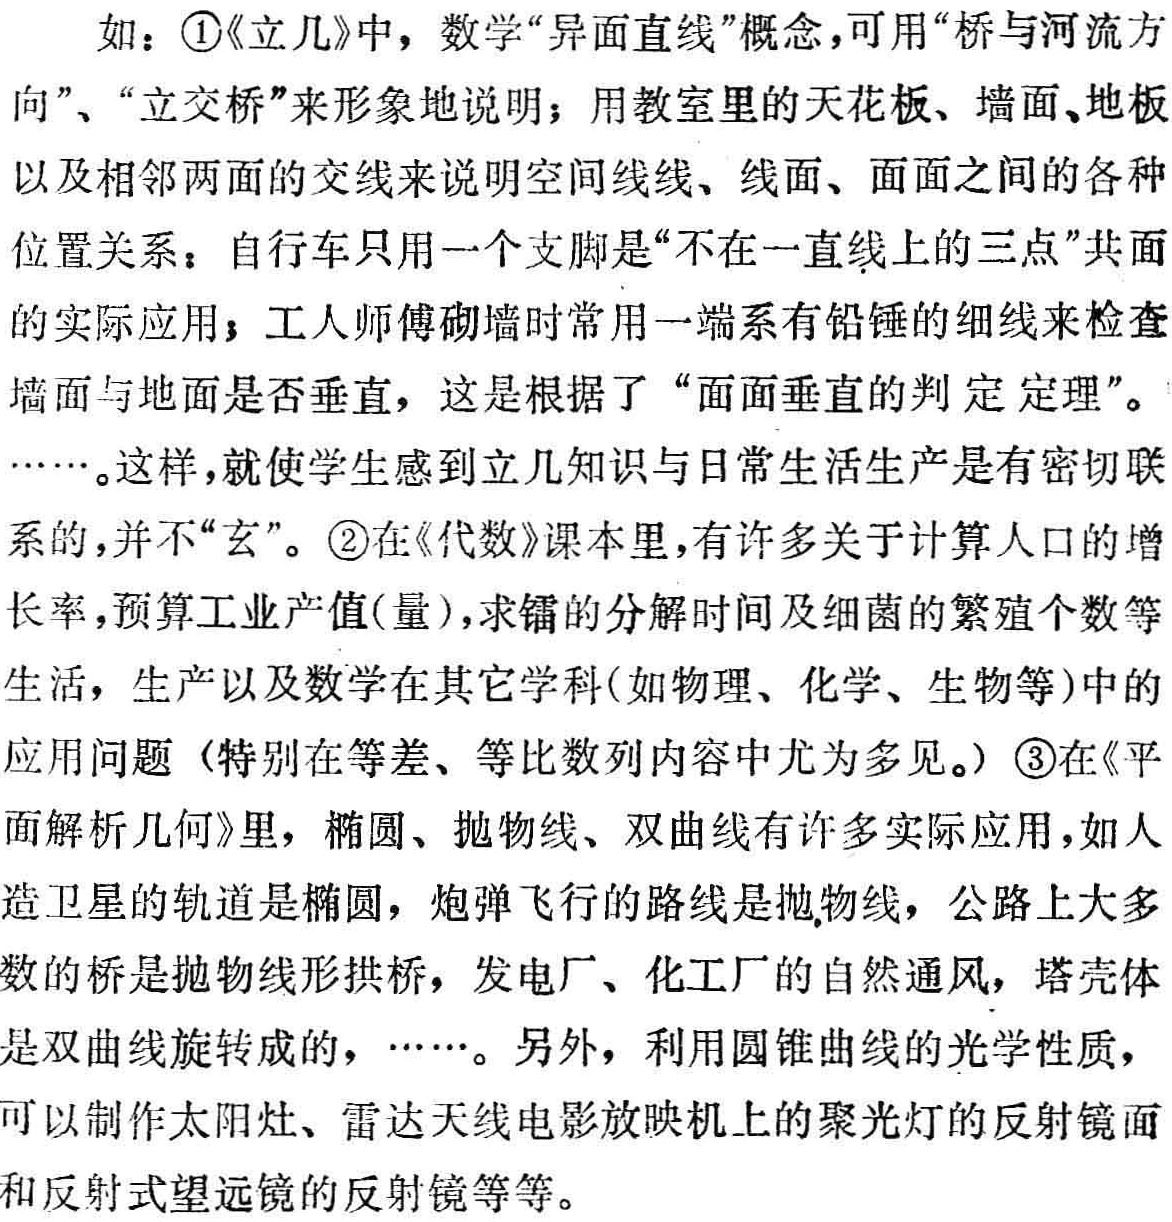
如：\textcircled{1}《立几》中，数学“异面直线”概念，可用“桥与河流方向”、“立交桥”来形象地说明；用教室里的天花板、墙面、地板以及相邻两面的交线来说明空间线线、线面、面面之间的各种位置关系；自行车只用一个支脚是“不在一直线上的三点”共面的实际应用；工人师傅砌墙时常用一端系有铅锤的细线来检查墙面与地面是否垂直，这是根据了“面面垂直的判定定理”。……。这样，就使学生感到立几知识与日常生活生产是有密切联系的，并不“玄”。\textcircled{2}在《代数》课本里，有许多关于计算人口的增长率，预算工业产值(量)，求镭的分解时间及细菌的繁殖个数等生活，生产以及数学在其它学科(如物理、化学、生物等)中的应用问题（特别在等差、等比数列内容中尤为多见。）\textcircled{3}在《平面解析几何》里，椭圆、抛物线、双曲线有许多实际应用，如人造卫星的轨道是椭圆，炮弹飞行的路线是抛物线，公路上大多数的桥是抛物线形拱桥，发电厂、化工厂的自然通风，塔壳体是双曲线旋转成的，……。另外，利用圆锥曲线的光学性质，可以制作太阳灶、雷达天线电影放映机上的聚光灯的反射镜面和反射式望远镜的反射镜等等。